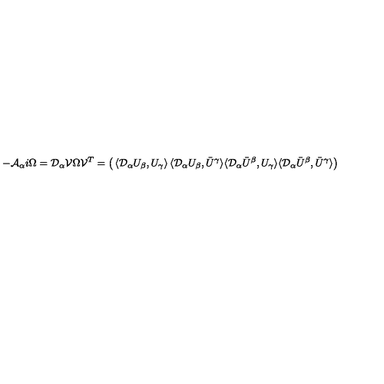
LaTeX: - { \cal A } _ { \alpha } i \Omega = { \cal D } _ { \alpha } { \cal V } \Omega { \cal V } ^ { T } = \left( \begin{matrix} { \langle { \cal D } _ { \alpha } U _ { \beta } , U _ { \gamma } \rangle } & { \langle { \cal D } _ { \alpha } U _ { \beta } , \bar { U } ^ { \gamma } \rangle } \\ { \langle { \cal D } _ { \alpha } \bar { U } ^ { \beta } , U _ { \gamma } \rangle } & { \langle { \cal D } _ { \alpha } \bar { U } ^ { \beta } , \bar { U } ^ { \gamma } \rangle } \\ \end{matrix} \right)